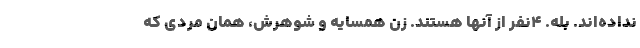
نداده‌اند. بله. ۴نفر از آنها هستند. زن همسایه و شوهرش، همان مردی که